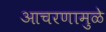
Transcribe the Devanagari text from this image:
आचरणामुळे